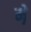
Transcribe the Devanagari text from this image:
म़े